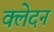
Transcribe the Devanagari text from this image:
क्‍लेदन